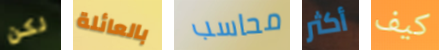
لكن بالعائلة محاسب أكثر كيف